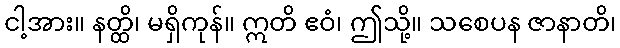
ငါ့အား။ နတ္ထိ၊ မရှိကုန်။ ဣတိ ဧဝံ၊ ဤသို့။ သစေပန ဇာနာတိ၊